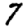
Digit: 7